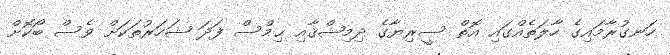
ހަނގުރާމައިގެ ހާލަތެއްގައި އޮތް ސީރިޔާގެ ދިމިޝްޤާއި ޙިމްސް ފަދަ ޝަހަރުތަކަށް ވެސް ބޯކޮށް